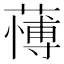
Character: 𮑺